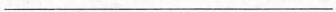
___